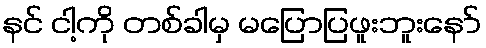
နင် ငါ့ကို တစ်ခါမှ မပြောပြဖူးဘူးနော်